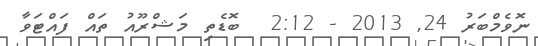
ނޮވެމްބަރު 24